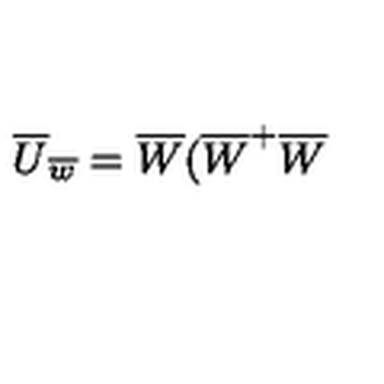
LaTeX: \overline { { U } } _ { \overline { { w } } } = \overline { { W } } ( \overline { { W } } ^ { + } \overline { { W } }